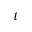
t